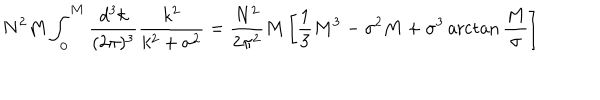
LaTeX: N ^ { 2 } M \int _ { 0 } ^ { M } { \frac { d ^ { 3 } k } { ( 2 \pi ) ^ { 3 } } } { \frac { k ^ { 2 } } { k ^ { 2 } + \sigma ^ { 2 } } } = { \frac { N ^ { 2 } } { 2 \pi ^ { 2 } } } M \left[ { \frac { 1 } { 3 } } M ^ { 3 } - \sigma ^ { 2 } M + \sigma ^ { 3 } \operatorname { a r c t a n } { \frac { M } { \sigma } } \right]